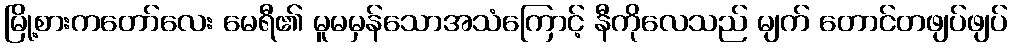
မြို့စားကတော်လေး မေရီ၏ မူမမှန်သောအသံကြောင့် နီကိုလေသည် မျက် တောင်တဖျပ်ဖျပ်